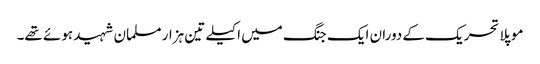
موپلا تحریک کے دوران ایک جنگ میں اکیلے تین ہزار مسلمان شہید ہوئے تھے۔